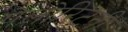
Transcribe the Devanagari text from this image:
पेलोरिटनी